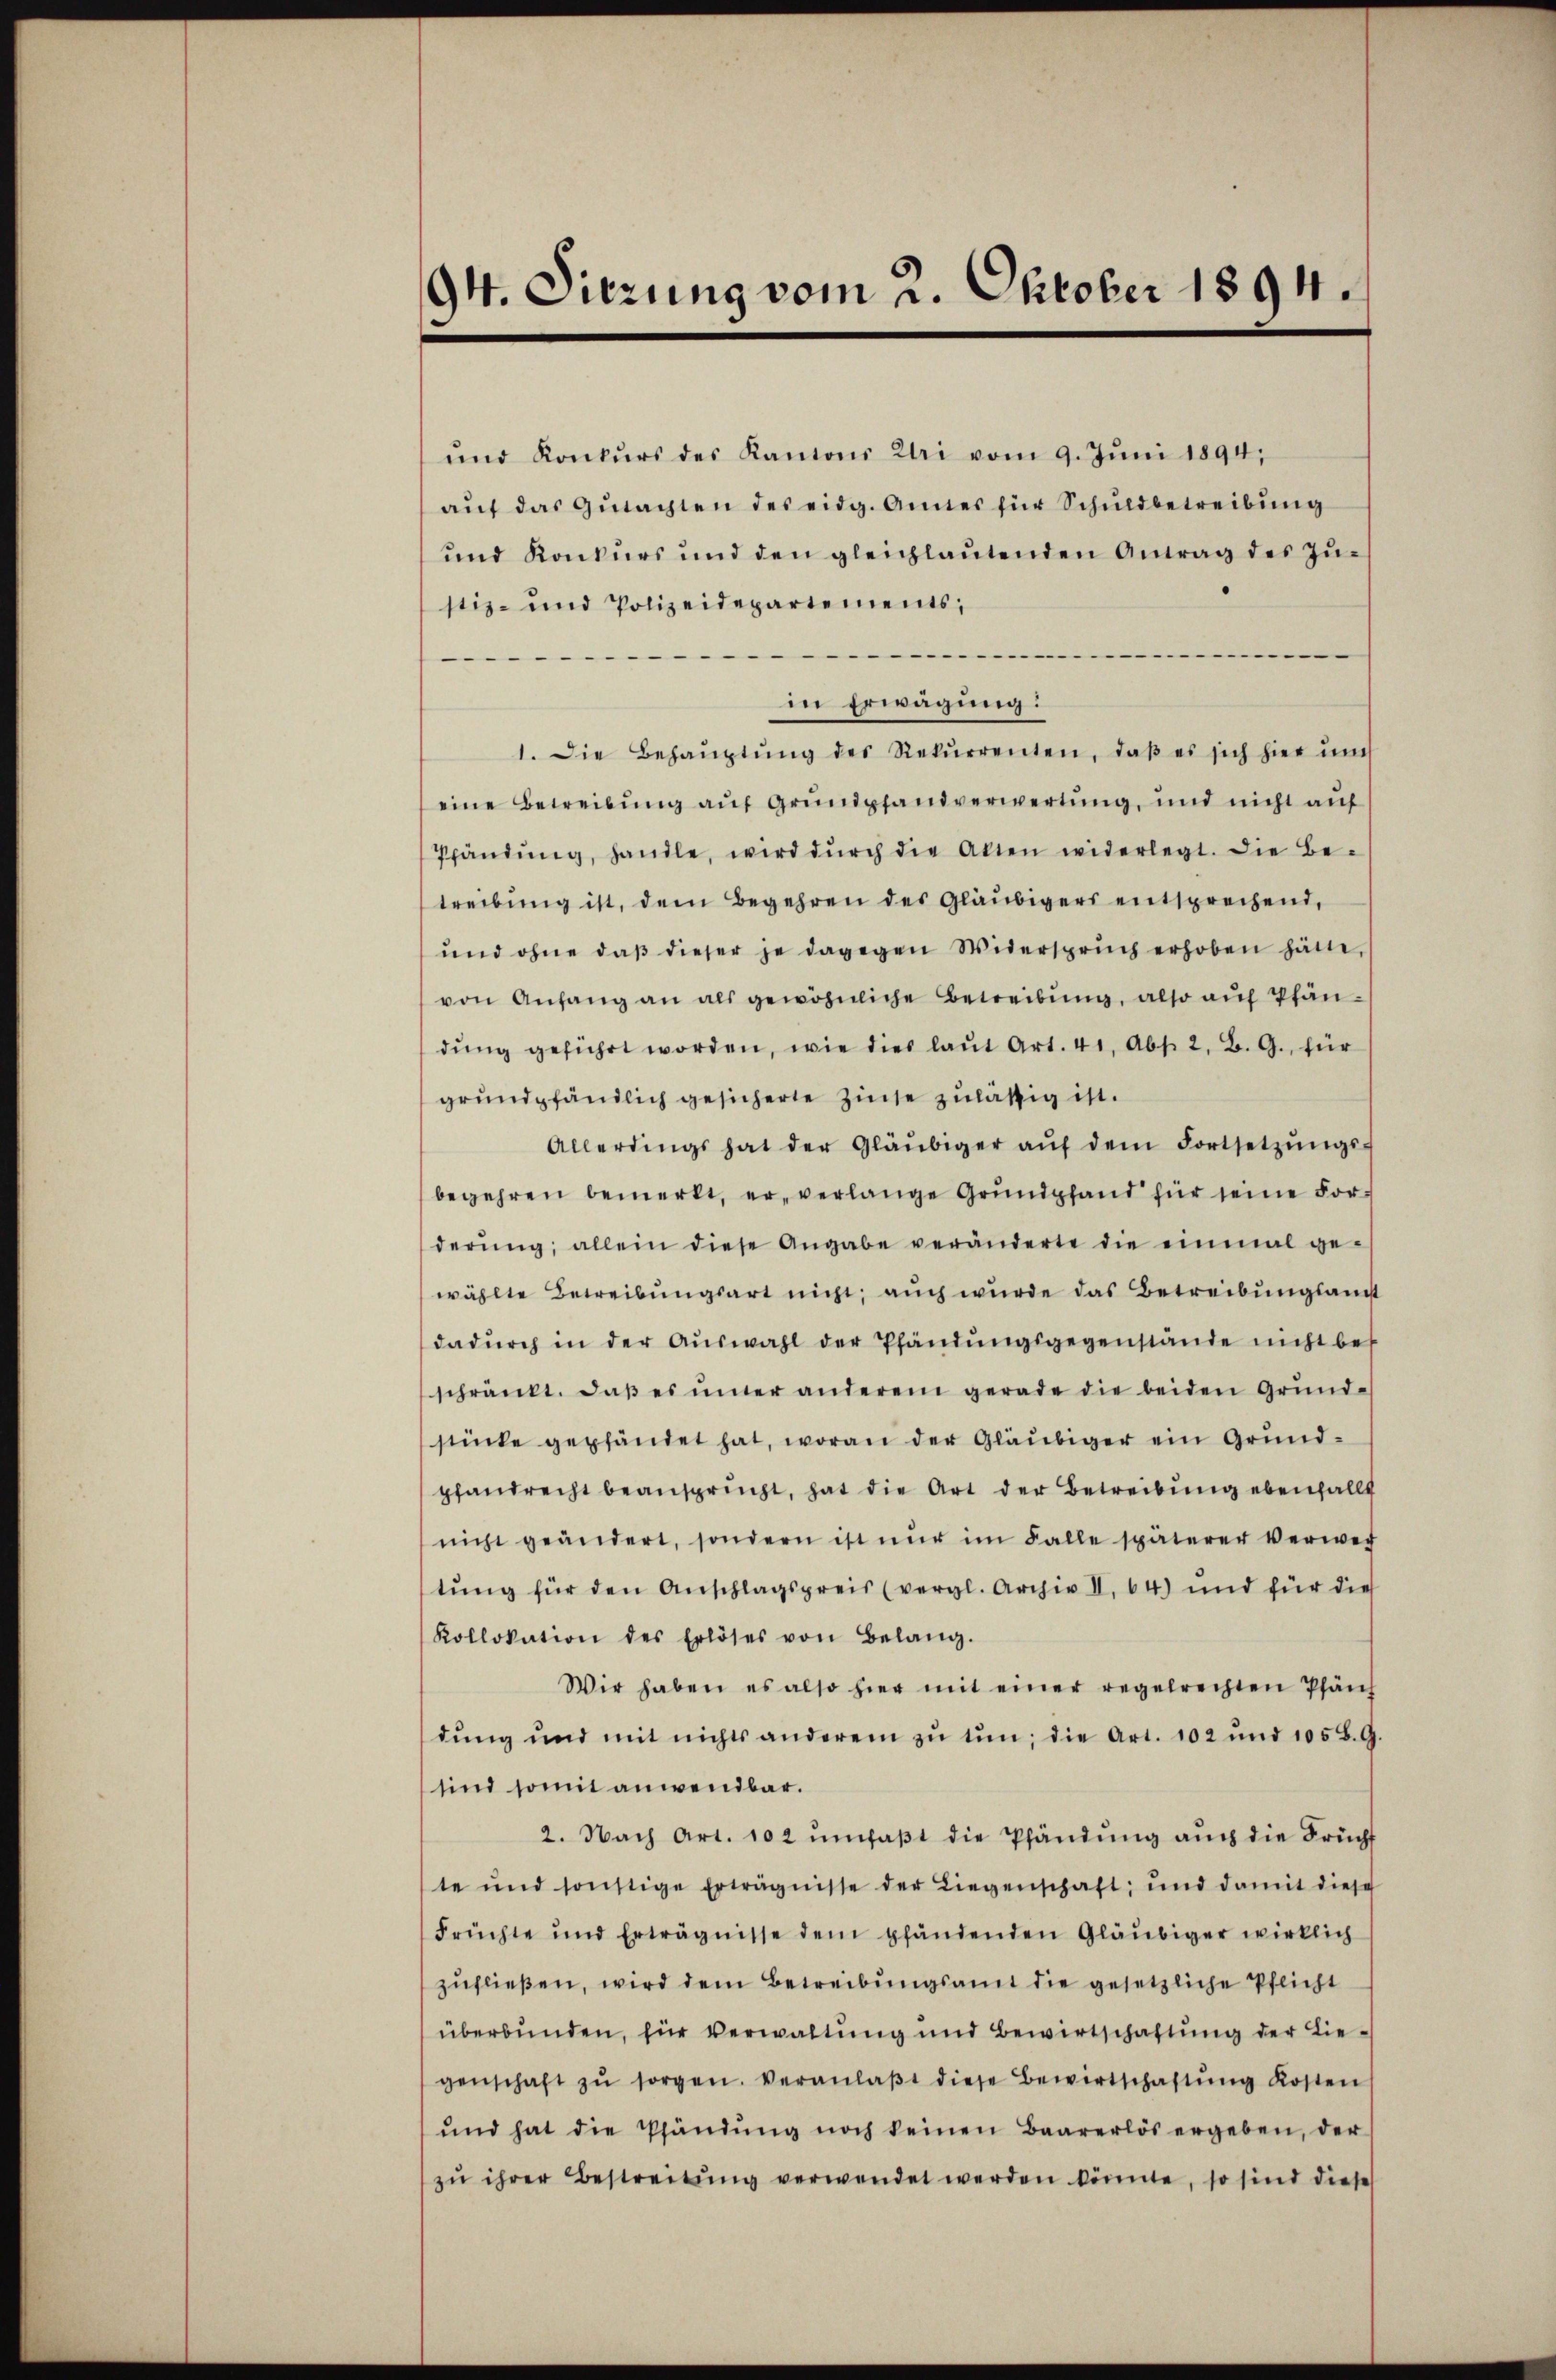
94. Sitzung vom 2. Oktober 1894.

ŭnd Konkŭrs des Kantons Uri vom 9. Jŭni 1894;
aŭf das Gutachten des eidg. Amtes für Schuldbetreibung
ŭnd Konkurs und den gleichlaŭtenden Antrag des Zŭ-
stiz- und Polizeidepartements,
-
in Erwägung:
1. Die Behaŭptŭng des Rekŭrrenten, daβ es sich hier un
eine Betreibŭng aŭf Grundpfandverwertung, und nicht aŭf
Pfändŭng, handle, wird dŭrch die Alten widerlegt. Die Be-
treibung ist, dem Begehren des Gläubigers entsprechend,
ŭnd ohne daβ dieser je dagegen Widerspruch erhoben hätte,
von Anfang an als gewöhnliche Betreibung, also auf Pfän-
dŭng geführt worden, wie dies laŭt Art. 41, Abs. 2. B. G., für
grundpfändlich gesicherte Zinse zuläßig ist.
Allerdings hat der Gläubiger aŭf dem Fortsetzŭngs-
begehren bemerkt, er verlange Grundpfand für seine Forderŭng, allein diese Angabe veränderte die einmal ge-
wählte Betreibungsart nicht; auch wurde das Betreibungsanst
dadŭrch in der Aŭswahl der Pfändŭngsgegenstände nicht be-
schränkt. daβ es imer anderem gerade die beiden Grund-
stücke gepfändet hat, woran der Gläubiger ein Grundpfandrecht beansprucht, hat die Art der Betreibung ebenfallt
nicht geändert, sondern ist nŭr im Falle späterer Verwes
tŭng für den Anschlagspreis (vergl. Archiv II. 64) und für dies
Kollokation des Erlöses von Belang.
Wir haben es also hier mit einer regelrechten Pfäch
dŭng und mit nichts anderem zŭ tŭn, die Art. 102 und 105 B. G.
sind somit anwendbar.
2. Nach Art. 102 ŭmfaβt die Pfändung auch die Frücht
te und sonstige Erträgnisse der Liegenschaft; und damit diese
Früchte und Erträgnisse dem pfändenden Gläubiger wirklich
zufließen, wird dem Betreibungsamt die gesetzliche Pflicht
überbunden, für Verwaltung und Bewirtschaftung der Liegenschaft zŭ sorgen. Veranlaβt diese Bewirtschaftung Kosten
ŭnd hat die Pfändung noch keinen Baarerlös ergeben, der
zŭ ihrer Bestreitŭng verwendet werden könnte, so sind diese